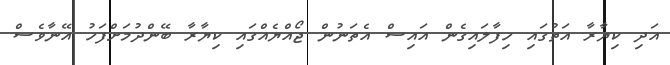
އަދި ކިޔާރާ އަތުގައި ހިފާލައިގެން އައިސް އެތަނުން ޖޯއްޔެއްގައި ކިޔާރާ ބޭންދުމަށްފަހު އޭނާވެސް